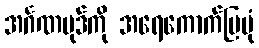
အင်္ဂဏပုဒ်ကို အရေကောက်ပြပုံ